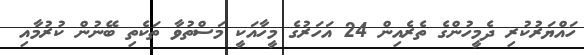
ހައްޔަރުކުރި ދެމީހުންގެ ތެރެއިން 24 އަހަރުގެ މީހާއަކީ މަސްތުވާ ތަކެތި ބޭނުން ކުރުމާއި